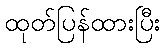
ထုတ်ပြန်ထားပြီး